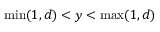
\operatorname* { m i n } ( 1 , d ) < y < \operatorname* { m a x } ( 1 , d )